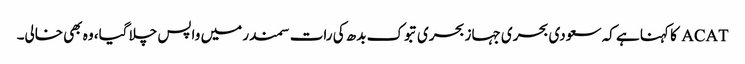
ACAT کا کہنا ہے کہ سعودی بحری جہاز بحری تبوک بدھ کی رات سمندر میں واپس چلا گیا، وہ بھی خالی۔